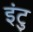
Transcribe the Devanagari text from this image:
इंटु